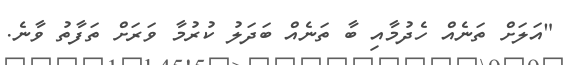
"އަލަށް ތަނެއް ހެދުމާއި ބާ ތަނެއް ބަދަލު ކުރުމާ ވަރަށް ތަފާތު ވާނެ.